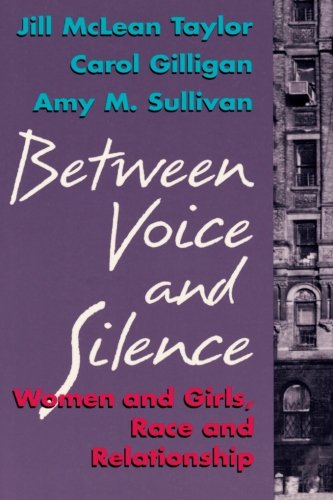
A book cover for Between Voice and Silence: Women and Girls, Race and Relationships; Jill McLean Taylor; Medical Books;